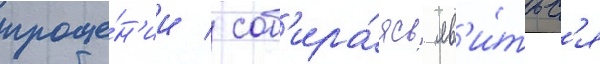
проще́н'ии / соб'ира́ясь яв'и́тьс'я